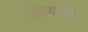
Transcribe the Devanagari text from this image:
आल्पाईन